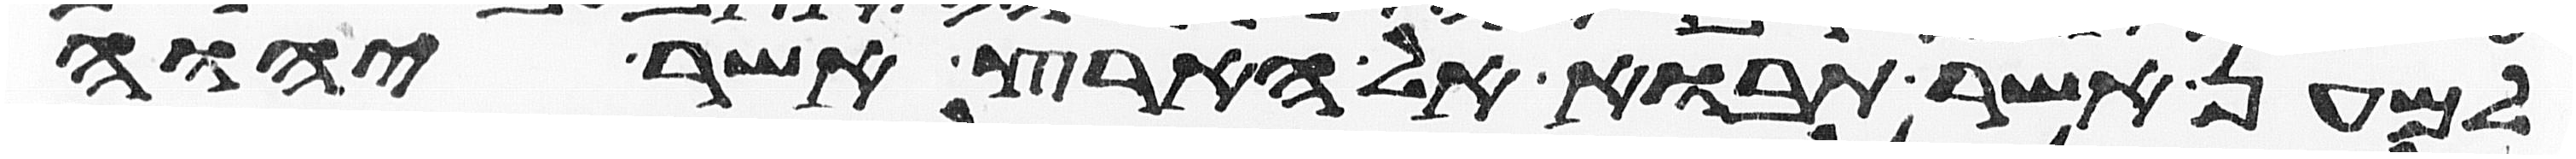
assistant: למען אשר תבוא אל הארץ אשר יהוה